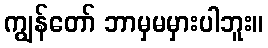
ကျွန်တော် ဘာမှမမှားပါဘူး။